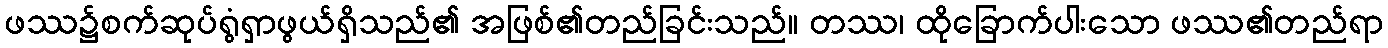
ဖဿ၌စက်ဆုပ်ရွံရှာဖွယ်ရှိသည်၏ အဖြစ်၏တည်ခြင်းသည်။ တဿ၊ ထိုခြောက်ပါးသော ဖဿ၏တည်ရာ